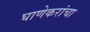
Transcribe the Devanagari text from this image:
घाणेकरांचा